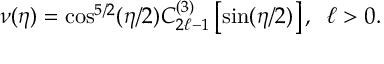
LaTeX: \nu ( \eta ) = \cos ^ { 5 / 2 } ( \eta / 2 ) C _ { 2 \ell - 1 } ^ { ( 3 ) } \left[ \sin ( \eta / 2 ) \right] , \; \; \ell > 0 .